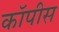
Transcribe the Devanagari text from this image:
कॉपीस